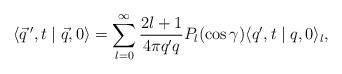
LaTeX: \begin{align*} \langle \vec q\,',t\mid \vec q,0 \rangle = \sum_{l=0}^{\infty} \frac{2l+1}{4\pi q' q} P_l(\cos \gamma) \langle q',t\mid q,0 \rangle_l,\end{align*}